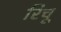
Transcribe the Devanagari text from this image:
रिचू